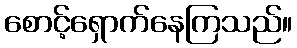
စောင့်ရှောက်နေကြသည်။